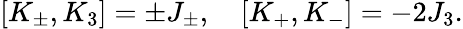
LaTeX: [K_{\pm},K_{3}]=\pm J_{\pm},\quad[K_{+},K_{-}]=-2J_{3}.